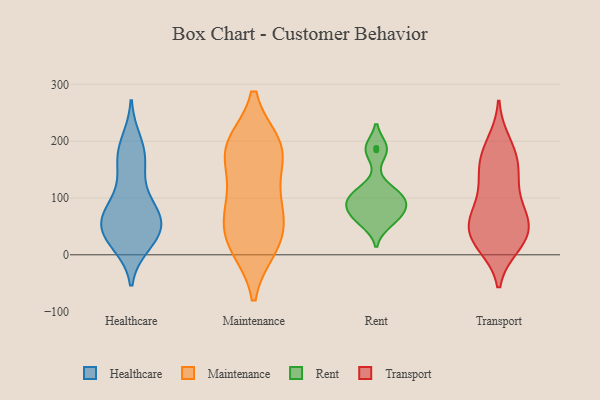
{"axis": {"x": "Churn Rate (%)", "y": "Value"}, "legend": ["Healthcare", "Maintenance", "Rent", "Transport"], "data": [{"x": "", "y": 106, "type": "Healthcare"}, {"x": "", "y": 18, "type": "Healthcare"}, {"x": "", "y": 164, "type": "Healthcare"}, {"x": "", "y": 82, "type": "Healthcare"}, {"x": "", "y": 168, "type": "Healthcare"}, {"x": "", "y": 24, "type": "Healthcare"}, {"x": "", "y": 191, "type": "Healthcare"}, {"x": "", "y": 200, "type": "Healthcare"}, {"x": "", "y": 89, "type": "Healthcare"}, {"x": "", "y": 46, "type": "Healthcare"}, {"x": "", "y": 154, "type": "Healthcare"}, {"x": "", "y": 20, "type": "Healthcare"}, {"x": "", "y": 60, "type": "Healthcare"}, {"x": "", "y": 59, "type": "Healthcare"}, {"x": "", "y": 50, "type": "Healthcare"}, {"x": "", "y": 73, "type": "Healthcare"}, {"x": "", "y": 48, "type": "Healthcare"}, {"x": "", "y": 45, "type": "Healthcare"}, {"x": "", "y": 14, "type": "Maintenance"}, {"x": "", "y": 78, "type": "Maintenance"}, {"x": "", "y": 45, "type": "Maintenance"}, {"x": "", "y": 188, "type": "Maintenance"}, {"x": "", "y": 185, "type": "Maintenance"}, {"x": "", "y": 14, "type": "Maintenance"}, {"x": "", "y": 165, "type": "Maintenance"}, {"x": "", "y": 30, "type": "Maintenance"}, {"x": "", "y": 92, "type": "Maintenance"}, {"x": "", "y": 193, "type": "Maintenance"}, {"x": "", "y": 99, "type": "Maintenance"}, {"x": "", "y": 192, "type": "Maintenance"}, {"x": "", "y": 93, "type": "Rent"}, {"x": "", "y": 188, "type": "Rent"}, {"x": "", "y": 105, "type": "Rent"}, {"x": "", "y": 84, "type": "Rent"}, {"x": "", "y": 115, "type": "Rent"}, {"x": "", "y": 184, "type": "Rent"}, {"x": "", "y": 73, "type": "Rent"}, {"x": "", "y": 64, "type": "Rent"}, {"x": "", "y": 98, "type": "Rent"}, {"x": "", "y": 56, "type": "Rent"}, {"x": "", "y": 64, "type": "Transport"}, {"x": "", "y": 162, "type": "Transport"}, {"x": "", "y": 89, "type": "Transport"}, {"x": "", "y": 145, "type": "Transport"}, {"x": "", "y": 17, "type": "Transport"}, {"x": "", "y": 49, "type": "Transport"}, {"x": "", "y": 16, "type": "Transport"}, {"x": "", "y": 36, "type": "Transport"}, {"x": "", "y": 198, "type": "Transport"}, {"x": "", "y": 26, "type": "Transport"}, {"x": "", "y": 56, "type": "Transport"}, {"x": "", "y": 122, "type": "Transport"}, {"x": "", "y": 168, "type": "Transport"}, {"x": "", "y": 27, "type": "Transport"}, {"x": "", "y": 187, "type": "Transport"}, {"x": "", "y": 76, "type": "Transport"}, {"x": "", "y": 66, "type": "Transport"}, {"x": "", "y": 136, "type": "Transport"}]}